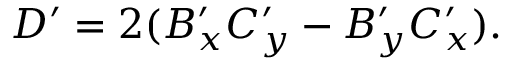
D ^ { \prime } = 2 ( B _ { x } ^ { \prime } C _ { y } ^ { \prime } - B _ { y } ^ { \prime } C _ { x } ^ { \prime } ) .